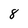
Character: 8